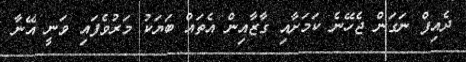
ދެއިފް ނަގަން ޖެހޭނެ ކަމަށާއި ގާޒާއިން އެތައް ބަޔަކު މަރުވެފައި ވަނީ އޭނާ